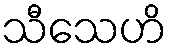
သီသေဟိ